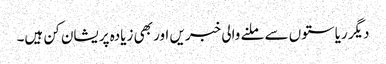
دیگر ریاستوں سے ملنے والی خبریں اور بھی زیادہ پریشان کن ہیں۔